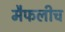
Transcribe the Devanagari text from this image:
मैफलीच